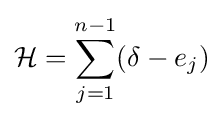
{\mathcal {H}}=\sum _{j=1}^{n-1}(\delta -e_{j})